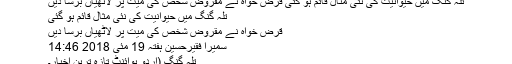
تلہ گنگ میں حیوانیت کی نئی مثال قائم ہو گئی قرض خواہ نے مقروض شخص کی میت پر لاٹھیاں برسا دیں
تلہ گنگ میں حیوانیت کی نئی مثال قائم ہو گئی
قرض خواہ نے مقروض شخص کی میت پر لاٹھیاں برسا دیں
سمیرا فقیرحسین ہفتہ 19 مئی 2018 14:46
تلہ گنگ (اُردو پوائنٹ تازہ ترین اخبار۔